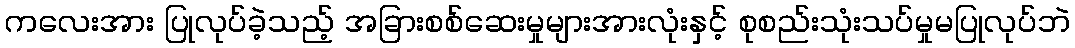
ကလေးအား ပြုလုပ်ခဲ့သည့် အခြားစစ်ဆေးမှုများအားလုံးနှင့် စုစည်းသုံးသပ်မှုမပြုလုပ်ဘဲ